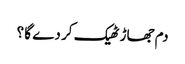
دم جھاڑ ٹھیک کر دے گا ؟